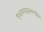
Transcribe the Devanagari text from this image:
एअरलाइन्समधील